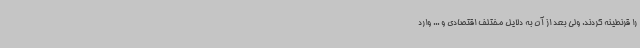
را قرنطینه کردند. ولی بعد از آن به دلایل مختلف اقتصادی و ... وارد